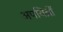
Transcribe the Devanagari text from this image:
अपवित्रों